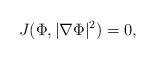
LaTeX: \begin{align*} J(\Phi,|\nabla \Phi|^2)=0,\end{align*}